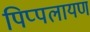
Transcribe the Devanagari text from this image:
पिप्पलायण